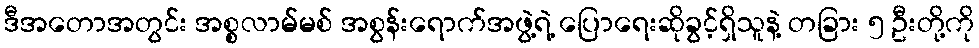
ဒီအတောအတွင်း အစ္စလာမ်မစ် အစွန်းရောက်အဖွဲ့ရဲ့ ပြောရေးဆိုခွင့်ရှိသူနဲ့ တခြား ၅ ဦးတို့ကို